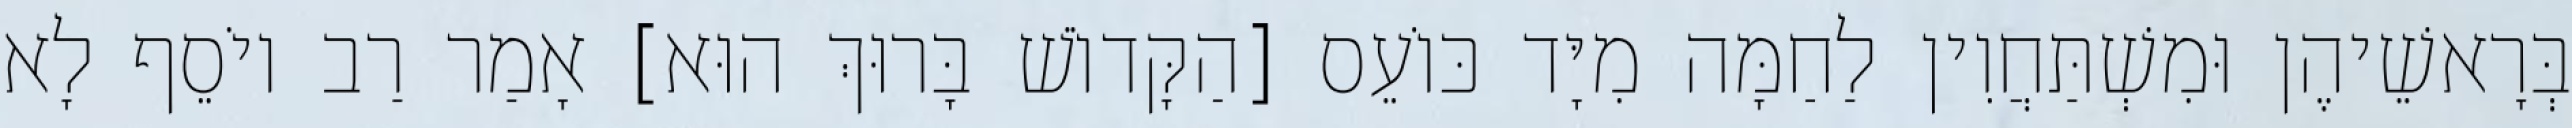
בְּרָאשֵׁיהֶן וּמִשְׁתַּחֲוִין לַחַמָּה מִיָּד כּוֹעֵס [הַקָּדוֹשׁ בָּרוּךְ הוּא] אָמַר רַב יוֹסֵף לָא